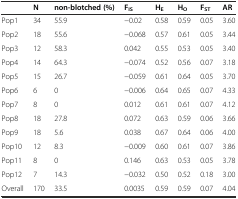
|  | N | non-blotched (%) | Fis | HE | Ho | Fst | AR |
 | --- | --- | --- | --- | --- | --- | --- | --- |
 | Pop1 | 34 | 55.9 | −0.02 | 0.58 | 0.59 | 0.05 | 3.60 |
 | Pop2 | 18 | 55.6 | −0.068 | 0.57 | 0.61 | 0.05 | 3.44 |
 | Pop3 | 12 | 58.3 | 0.042 | 0.55 | 0.53 | 0.05 | 3.40 |
 | Pop4 | 14 | 64.3 | −0.074 | 0.52 | 0.56 | 0.07 | 3.18 |
 | Pop5 | 15 | 26.7 | −0.059 | 0.61 | 0.64 | 0.05 | 3.70 |
 | Pop6 | 6 | 0 | −0.006 | 0.64 | 0.65 | 0.07 | 4.33 |
 | Pop7 | 8 | 0 | 0.012 | 0.61 | 0.61 | 0.07 | 4.12 |
 | Pop8 | 18 | 27.8 | 0.072 | 0.63 | 0.59 | 0.06 | 3.66 |
 | Pop9 | 18 | 5.6 | 0.038 | 0.67 | 0.64 | 0.06 | 4.00 |
 | Pop10 | 12 | 8.3 | −0.009 | 0.60 | 0.61 | 0.07 | 3.86 |
 | Pop11 | 8 | 0 | 0.146 | 0.63 | 0.53 | 0.05 | 3.78 |
 | Pop12 | 7 | 14.3 | −0.032 | 0.50 | 0.52 | 0.18 | 3.00 |
 | Overall | 170 | 33.5 | 0.0035 | 0.59 | 0.59 | 0.07 | 4.04 |